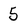
Character: 5